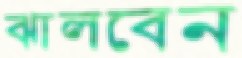
ঝালবেন